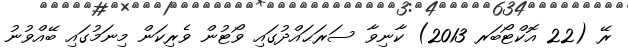
ރޭ (22 އޮކްޓޯބަރ 2013) ކާނިވާ ސަރަޙައްދުގައި ވޯޓުން ވެރިކަން މިނަމުގައި ބޭއްވުނު